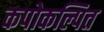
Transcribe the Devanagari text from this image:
कपोकल्पित